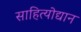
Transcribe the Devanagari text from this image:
साहित्योद्यान